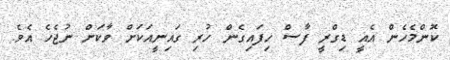
ކޮންމެހެން އެއީ ޑިގްރީ ފާސް ހިފައިގެން ހުރި ގައިނީއަކަށް ވާކަށް ނުޖެހެ އެވެ.